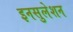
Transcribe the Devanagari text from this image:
इनसुलेशन